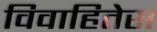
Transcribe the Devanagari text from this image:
विवाहितेस